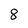
Character: 8